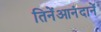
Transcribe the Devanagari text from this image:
तिनेंआनंदानें